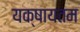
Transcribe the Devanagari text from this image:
यक्षायतम